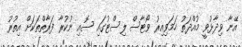
އޭނާ ވިދާޅުވީ މުއްދަތު ހަމަވިއިރު ވޯޓާސް ލިސްޓުގައި ސޮއި ނުކުރާ ފަރާތްތަކަށް އިތުރު